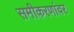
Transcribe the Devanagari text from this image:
समीकरणांवर